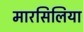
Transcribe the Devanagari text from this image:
मारसिलिया